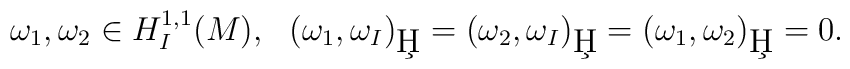
\omega_1, \omega_2\in H^{1,1}_I(M), \ \    (\omega_1,\omega_I)_{\c H}=(\omega_2,\omega_I)_{\c H}=   (\omega_1,\omega_2)_{\c H}=0.    \ \